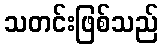
သတင်းဖြစ်သည်